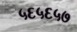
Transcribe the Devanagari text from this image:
५६५६५७